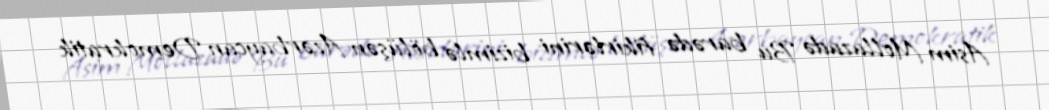
Asim Mollazadə Bu barədə fikirlərini bizimlə bölüşən Azərbaycan Demokratik